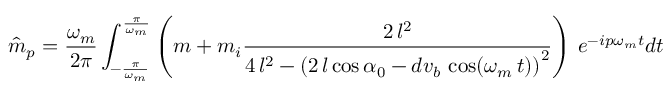
\hat { m } _ { p } = \frac { \omega _ { m } } { 2 \pi } \int _ { - \frac { \pi } { \omega _ { m } } } ^ { \frac { \pi } { \omega _ { m } } } \left( m + m _ { i } \frac { 2 \, l ^ { 2 } } { 4 \, l ^ { 2 } - { \left( 2 \, l \cos { \alpha _ { 0 } } - d v _ { b } \, \cos ( \omega _ { m } \, t ) \right) } ^ { 2 } } \right) \, e ^ { - i p \omega _ { m } t } d t